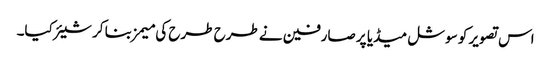
اس تصویر کو سوشل میڈیا پر صارفین نے طرح طرح کی میمز بنا کر شیئر کیا۔